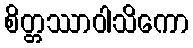
စိတ္တဿာဝါသိကော